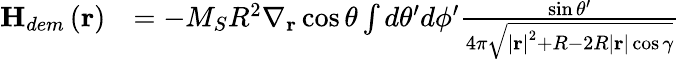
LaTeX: \begin{array}{rl}{\textbf{H}_{dem}\left(\textbf{r}\right)}&{=-M_{S}R^{2}{\nabla}_{\textbf{r}}\cos\theta\int d\theta^{\prime}d\phi^{\prime}\frac{\sin\theta^{\prime}}{4\pi\sqrt{\left|\textbf{r}\right|^{2}+R-2R\left|\textbf{r}\right|\cos\gamma}}}\end{array}